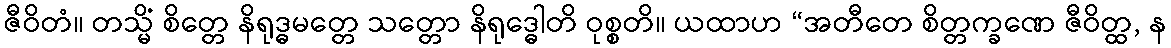
ဇီဝိတံ။ တသ္မိံ စိတ္တေ နိရုဒ္ဓမတ္တေ သတ္တော နိရုဒ္ဓေါတိ ဝုစ္စတိ။ ယထာဟ “အတီတေ စိတ္တက္ခဏေ ဇီဝိတ္ထ, န